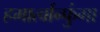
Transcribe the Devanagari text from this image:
हमार्त्वान्फुंगा